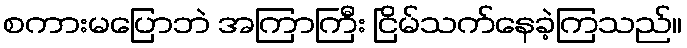
စကားမပြောဘဲ အကြာကြီး ငြိမ်သက်နေခဲ့ကြသည်။